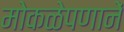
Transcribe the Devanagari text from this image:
मोकळेपणानें